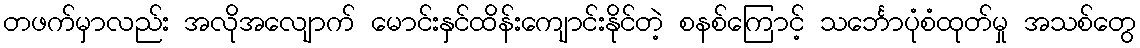
တဖက်မှာလည်း အလိုအလျောက် မောင်းနှင်ထိန်းကျောင်းနိုင်တဲ့ စနစ်ကြောင့် သင်္ဘောပုံစံထုတ်မှု အသစ်တွေ